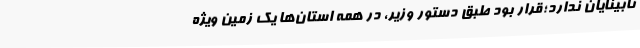
نابینایان ندارد؛قرار بود طبق دستور وزیر، در همه استان‌ها یک زمین ویژه